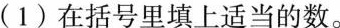
(1) 在括号里填上适当的数。